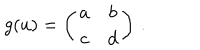
g ( u ) = \left( \begin{array} { c c } { { a } } & { { b } } \\ { { c } } & { { d } } \\ \end{array} \right) \, .